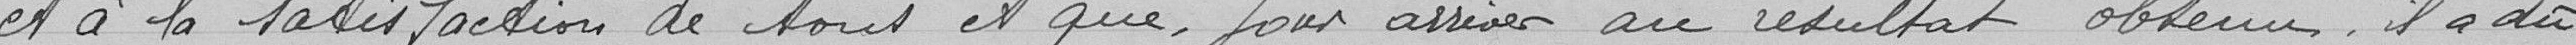
et à la satisfaction de tous et que, pour arriver au résultat obtenu, il a dû